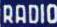
RADIO